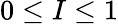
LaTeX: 0\leq I\leq 1